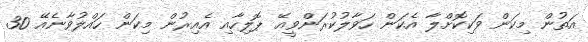
އަތުން މިކަން ވަކިކޮށްލާ އެކަން ހަވާލުކުރަންވީއޭ ޕޮލިހާއި އެއިރުން މިކަން ހައްލުވާނެއޭ 30